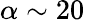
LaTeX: \alpha\sim 20